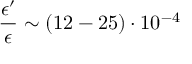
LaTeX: \frac { \epsilon ^ { \prime } } { \epsilon } \sim ( 1 2 - 2 5 ) \cdot 1 0 ^ { - 4 }